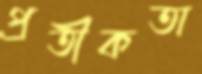
প্রতীকতা